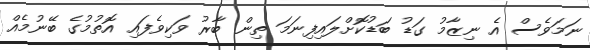
ނަމަވެސް އެ ނިޒާމު ގަޑު ބަޑުކޮށްލައިފިނަމަ ތިން ބާރު ވަކިވެފައި އޮތުމުގެ ބޭނުމެއް